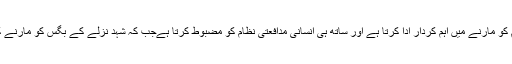
نزلے کا علاج: امریکی جرنل آرکائیو میڈیکل ریسرچ کے مطابق شہد نزلہ (انفلونزا) کے جراثیم کو مارنے میں اہم کردار ادا کرتا ہے اور ساتھ ہی انسانی مدافعتی نظام کو مضبوط کرتا ہےجب کہ شہد نزلے کے بگس کو مارنے کے لیے جنگی سیل روانہ کرتا ہے جس سے نزلے کے جراثیم ہمیشہ کے لیے ختم ہوجاتے ہیں۔